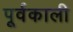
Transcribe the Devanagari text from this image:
पूर्वकाली